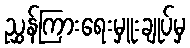
ညွှန်ကြားရေးမှူးချုပ်မှ